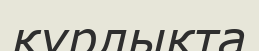
құрлықта